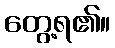
တွေ့ရ၏။